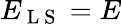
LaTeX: E_{\mathrm{~L~S~}}=E